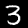
Label: 3